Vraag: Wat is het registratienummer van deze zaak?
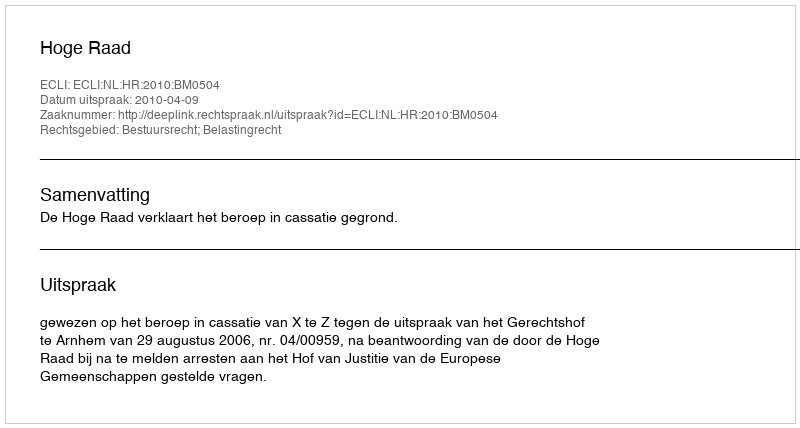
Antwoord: http://deeplink.rechtspraak.nl/uitspraak?id=ECLI:NL:HR:2010:BM0504